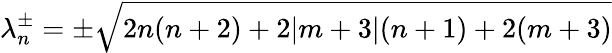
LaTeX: \lambda_{n}^{\pm}=\pm\sqrt{2n(n+2)+2\vert m+3\vert(n+1)+2(m+3)}